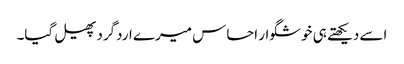
اسے دیکھتے ہی خوشگوار احساس میرے اردگرد پھیل گیا۔